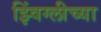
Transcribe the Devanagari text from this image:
झ्विंग्लीच्या